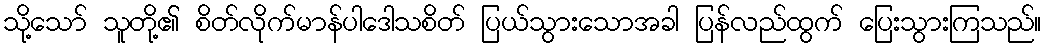
သို့သော် သူတို့၏ စိတ်လိုက်မာန်ပါဒေါသစိတ် ပြယ်သွားသောအခါ ပြန်လည်ထွက် ပြေးသွားကြသည်။